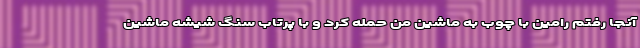
آنجا رفتم رامین با چوب به ماشین من حمله کرد و با پرتاب سنگ شیشه ماشین